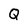
Character: Q